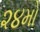
૨૪મો